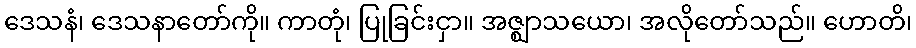
ဒေသနံ၊ ဒေသနာတော်ကို။ ကာတုံ၊ ပြုခြင်းငှာ။ အဇ္ဈာသယော၊ အလိုတော်သည်။ ဟောတိ၊